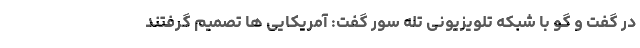
در گفت و گو با شبکه تلویزیونی تله سور گفت: آمریکایی ها تصمیم گرفتند